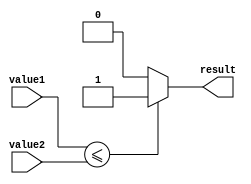
module LessThanEqualComp (
    input signed [7:0] value1,
    input signed [7:0] value2,
    output reg result
);

always @(value1, value2)
begin
    if (value1 <= value2)
        result = 1;
    else
        result = 0;
end

endmodule